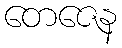
တေဇေန